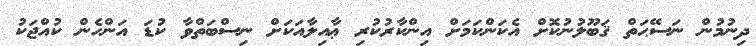
ދިނުމުން ނަސޭޙަތް ޤަބޫލުނުކޮށް އެކަންކަމަށް އިންކާރުކުރި ޢާއިލާއަކަށް ނިސްބަތްވާ ކުޑަ އަންހެން ކުއްޖަކު